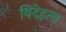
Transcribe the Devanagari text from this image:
विदेहत्व